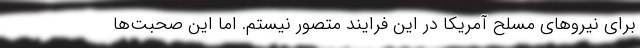
برای نیروهای مسلح آمریکا در این فرایند متصور نیستم. اما این صحبت‌ها